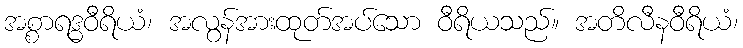
အစ္စာရဒ္ဓဝီရိယံ၊ အလွန်အားထုတ်အပ်သော ဝီရိယသည်။ အတိလီနဝီရိယံ၊